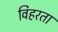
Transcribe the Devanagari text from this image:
विहरता